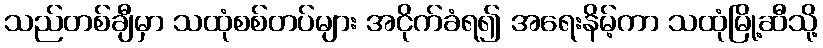
သည်တစ်ချီမှာ သထုံစစ်တပ်များ အငိုက်ခံရ၍ အရေးနိမ့်ကာ သထုံမြို့ဆီသို့